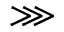
\ggg